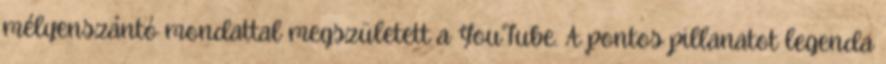
mélyenszántó mondattal megszületett a YouTube. A pontos pillanatot legenda